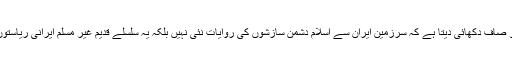
تاریخ کی موم بتی جلائیں تو صاف دکھائی دیتا ہے کہ سرزمینِ ایران سے اسلام دشمن سازشوں کی روایات نئی نہیں بلکہ یہ سلسلے قدیم غیر مسلم ایرانی ریاستوں کے ادوار سے جاری ہیں۔